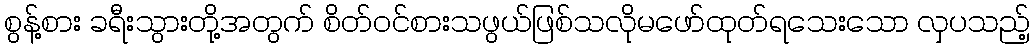
စွန့်စား ခရီးသွားတို့အတွက် စိတ်ဝင်စားသဖွယ်ဖြစ်သလိုမဖော်ထုတ်ရသေးသော လှပသည့်